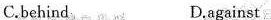
C.behind D.against